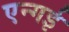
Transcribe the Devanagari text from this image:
एन्गई